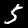
Label: 5